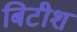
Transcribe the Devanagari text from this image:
बिटीश